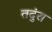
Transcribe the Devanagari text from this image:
तदुंरा